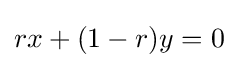
rx+(1-r)y=0